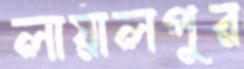
লায়ালপুর